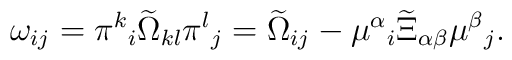
\omega_{ij} = \pi^k{}_i \widetilde \Omega_{kl} \pi^l{}_j = \widetilde\Omega_{ij} - \mu^\alpha{}_i \widetilde \Xi_{\alpha \beta} \mu^\beta{}_j.